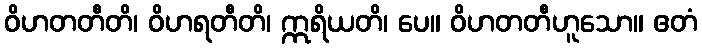
ဝိဟတတီတိ၊ ဝိဟရတီတိ၊ ဣရိယတိ၊ ပေ။ ဝိဟတတီဟူသော။ ဧတံ